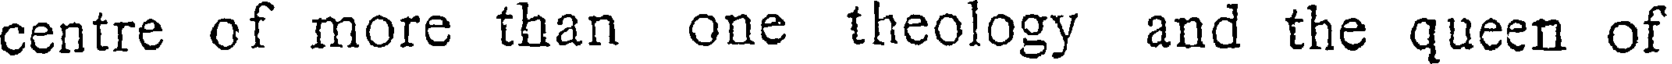
centre of more than one theology and the queen of